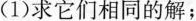
(1)求它们相同的解；